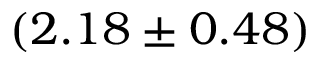
( 2 . 1 8 \pm 0 . 4 8 )